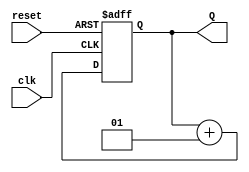
module Four_Bit_Signed_UpCounter(Q, clk, reset);
	
	output signed [3:0]Q;
	input clk, reset;
	reg signed [3:0]Q;
	
	/*initial
		Q = 4'b1001;
	*/
	always @(posedge clk or posedge reset)
		begin
			case (reset)
				1'b0: 
						/*begin
							if(Q == 4'b0111)
								Q <= 4'b1001;
							else*/
								Q <= Q + 1;
						//end
				1'b1: Q <= 4'b0;
			endcase
		end

endmodule